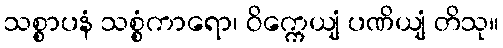
သစ္စာပနံ သစ္စံကာရော၊ ဝိက္ကေယျံ ပဏိယျံ တိသု။